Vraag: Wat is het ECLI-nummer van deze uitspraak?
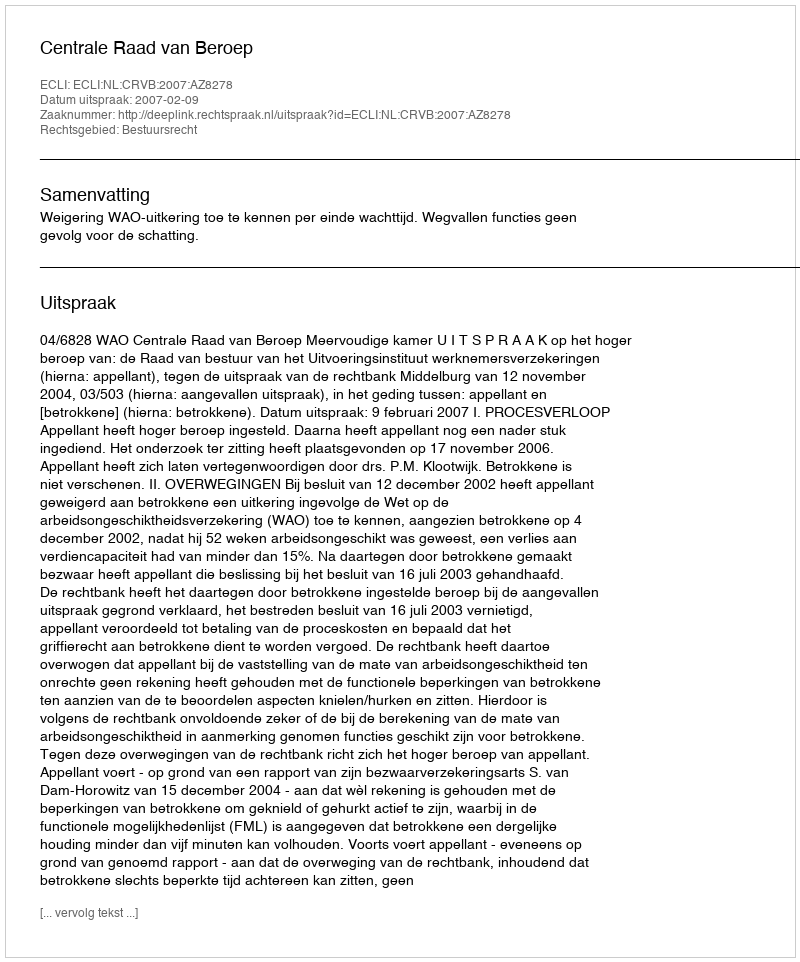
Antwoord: ECLI:NL:CRVB:2007:AZ8278